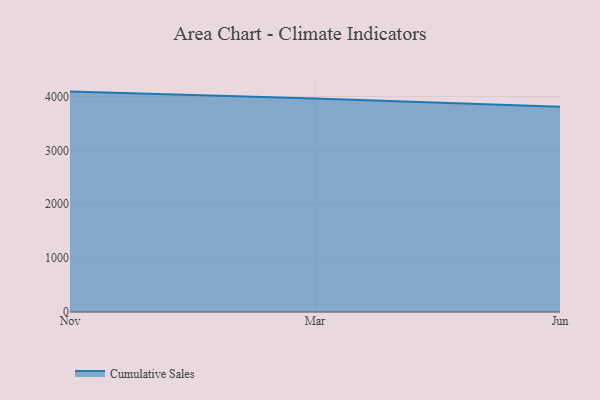
{"axis": {"x": "Month", "y": "Inventory Turnover"}, "legend": ["Cumulative Sales"], "data": [{"x": "Nov", "y": 4091.0, "type": "Cumulative Sales"}, {"x": "Mar", "y": 3964.8, "type": "Cumulative Sales"}, {"x": "Jun", "y": 3811.0, "type": "Cumulative Sales"}]}